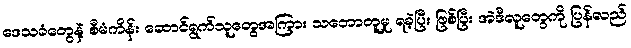
ဒေသခံတွေနဲ့ စီမံကိန်း ဆောင်ရွက်သူတွေအကြား သဘောတူမှု ရခဲ့ပြီး ဖြစ်ပြီး အဲဒီလူတွေကို ပြန်လည်